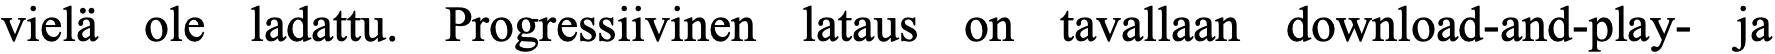
vielä ole ladattu. Progressiivinen lataus on tavallaan download-and-play- ja